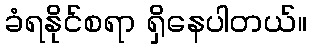
ခံရနိုင်စရာ ရှိနေပါတယ်။